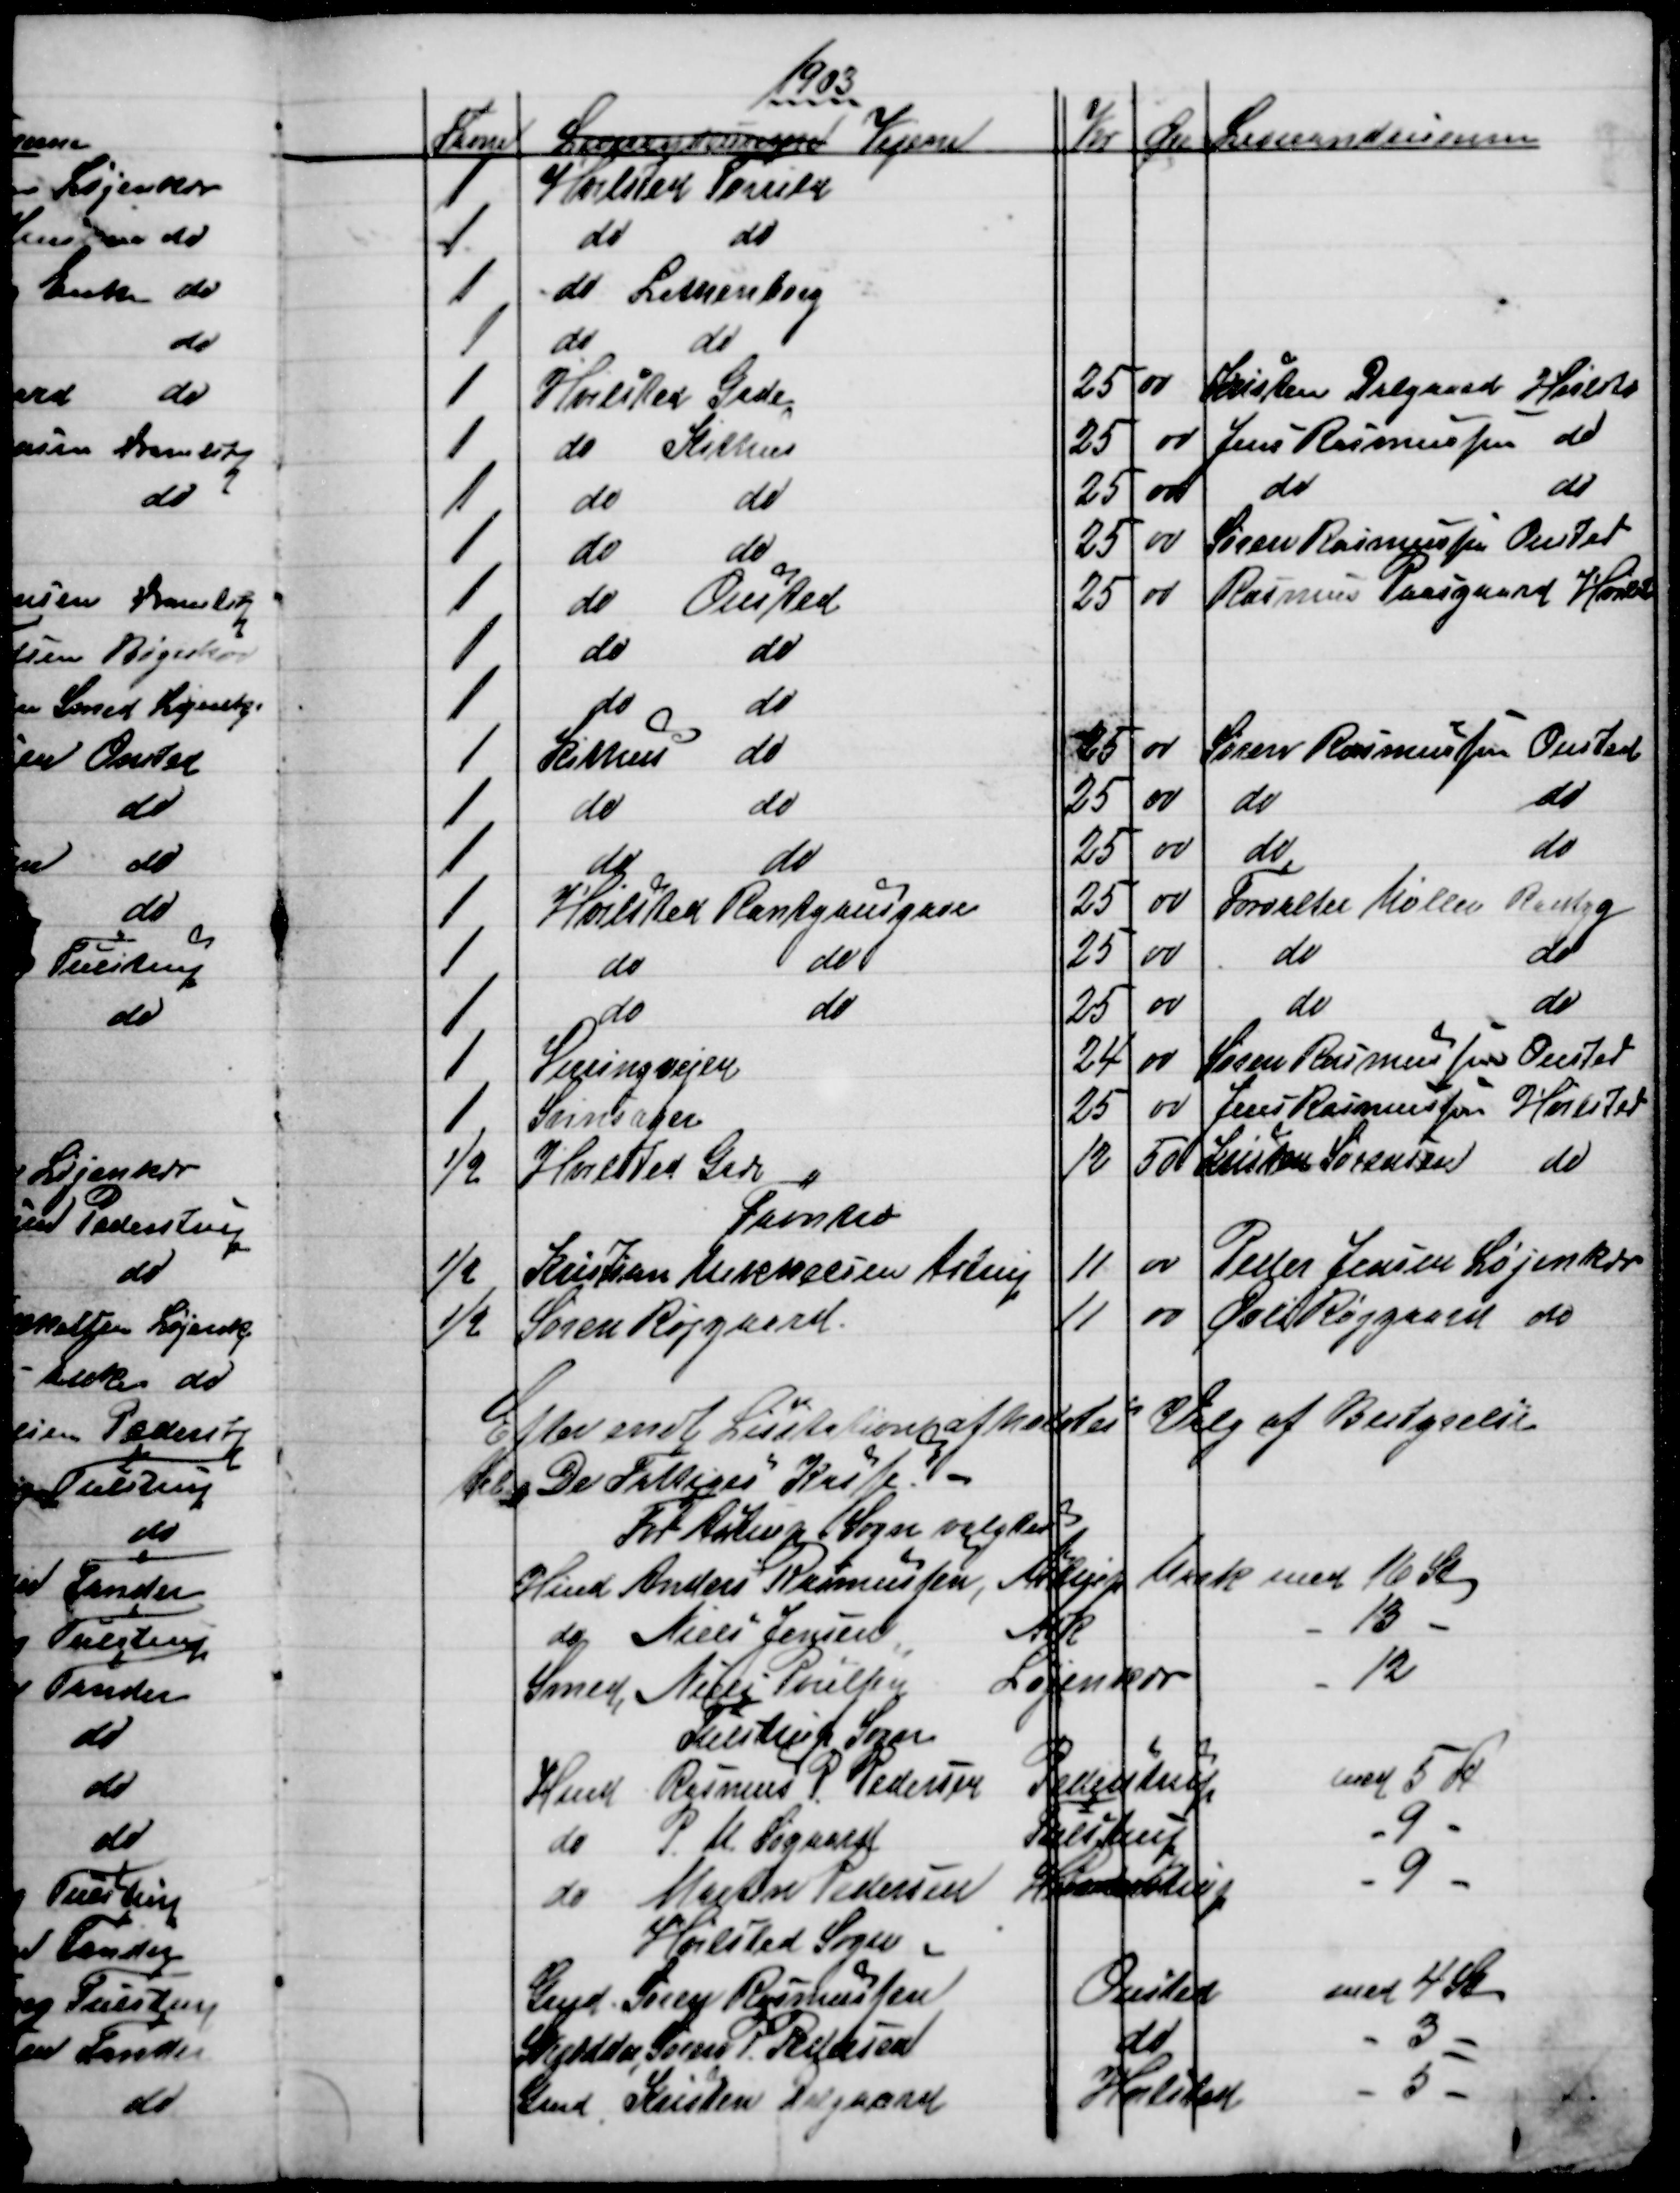
Transskription:
1903
Favne
Leverandeurerne
Vejene
Kr
Øre
Leverandeurerne
1
Hvilsted Torrild
1
do
do
1
do Lethenborg
1
do
do
1
Hvilsted Gade
25
00
Kristen Dalgaard Hvilstd
1
do Kithus
25
00
Jens Rasmussen do
1
do
do
25
00
do
do
1
do
do
25
00
Søren Rasmussen Onsted
1
do
Onsted
25
00
Rasmus Paasgaard Hvilstd
1
do
do
1
do
do
1
Kithus
do
25
00
Søren Rasmussen Onsted
1
do
do
25
00
do
do
1
do
do
25
00
do
do
1
Hvilsted Rantzausgave
25
00
Forvalter Møller Rantzg
1
do
do
25
00
do
do
1
do
do
25
00
do
do
1
Virringvejen
24
00
Søren Rasmussen Onsted
1
Svinsager
25
00
Jens Rasmussen Hvilsted
½
Hvilsted Gade
12
50
KristenSørensen 
do
Favntræ
½
Kristian Mikkelsen Astrup
11
00
Peder Jensen Løjenkær
½
Søren Røjgaard.
11
00
Øvli Røjgaard do
Efter endt Licitation afholdtes Valg af Bestyrelse
til "De Fattiges" Kasse.
For Astrup Sogn valgtes:
Hmd Anders Rasmussen, Astrup Mark med 16 St
do Niels Jensen
Ask
13
Smed Niels Poulsen
Løjenkær
12
Tulstrup Sogn
Hmd Rasmus P. Pedersen
Pederstrup
med 5 St
do P. M. Søgaard
Tulstrup
9
do Martin Pedersen
Hinnedrup
9
Hvilsted Sogn
Gmd Søren Rasmussen
Onsted
med 4 St
Skrædder Søren P. Petersen
do
3
Gmd Kristen Dalgaard
Hvilsted
5